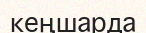
кеңшарда